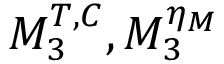
M _ { 3 } ^ { T , C } , M _ { 3 } ^ { \eta _ { M } }